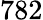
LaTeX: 782